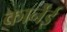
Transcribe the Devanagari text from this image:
कार्नेंई